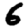
Digit: 6